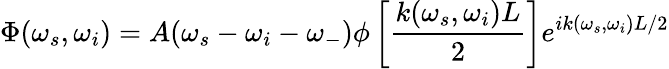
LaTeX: \Phi(\omega_{s},\omega_{i})=A(\omega_{s}-\omega_{i}-\omega_{-})\phi\left[\frac{k(\omega_{s},\omega_{i})L}{2}\right]e^{ik(\omega_{s},\omega_{i})L/2}